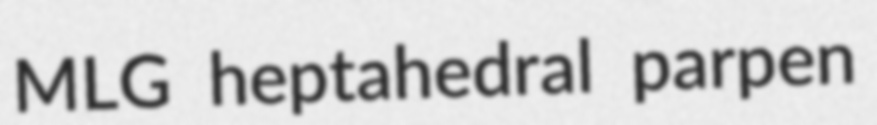
MLG heptahedral parpen